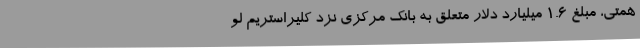
همتی، مبلغ 1.6 میلیارد دلار متعلق به بانک مرکزی نزد کلیراستریم لو